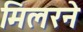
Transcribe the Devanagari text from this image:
मिलरने